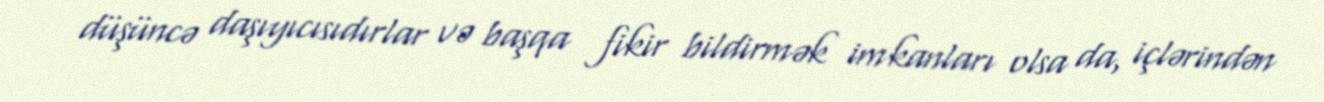
düşüncə daşıyıcısıdırlar və başqa fikir bildirmək imkanları olsa da, içlərindən